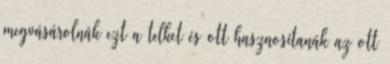
megvásárolnák ezt a telket és ott hasznosítanák az ott